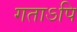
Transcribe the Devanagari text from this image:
गताऽपि